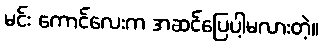
မင်း ကောင်လေးက အဆင်ပြေပါ့မလားတဲ့။